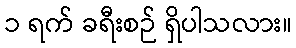
၁ ရက် ခရီးစဉ် ရှိပါသလား။